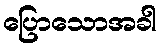
ပြောသောအခါ